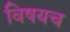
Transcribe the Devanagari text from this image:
विषयच